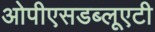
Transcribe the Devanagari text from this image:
ओपीएसडब्लूएटी